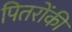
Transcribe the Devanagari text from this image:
पितरोंकी